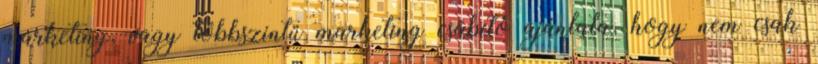
marketing, vagy többszintű marketing csábító ajánlata, hogy nem csak